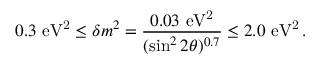
0 . 3 \mathrm { \ e V ^ { 2 } } \le \delta m ^ { 2 } = { \frac { 0 . 0 3 \mathrm { \ e V ^ { 2 } } } { ( \sin ^ { 2 } 2 \theta ) ^ { 0 . 7 } } } \le 2 . 0 \mathrm { \ e V ^ { 2 } \, . }